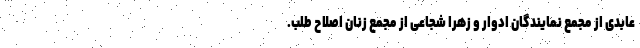
عابدی از مجمع نمایندگان ادوار و زهرا شجاعی از مجمع زنان اصلاح طلب.